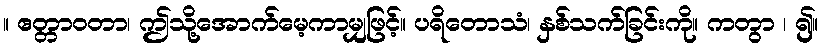
။ ဧတ္တာဝတာ၊ ဤသို့အောက်မေ့ကာမျှဖြင့်။ ပရိတောသံ၊ နှစ်သက်ခြင်းကို။ ကတွာ ၊ ၍။